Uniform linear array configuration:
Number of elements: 48
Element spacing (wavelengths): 0.25
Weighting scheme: exponential
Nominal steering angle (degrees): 15
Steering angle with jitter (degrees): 14.106
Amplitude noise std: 0.05
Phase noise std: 0.05

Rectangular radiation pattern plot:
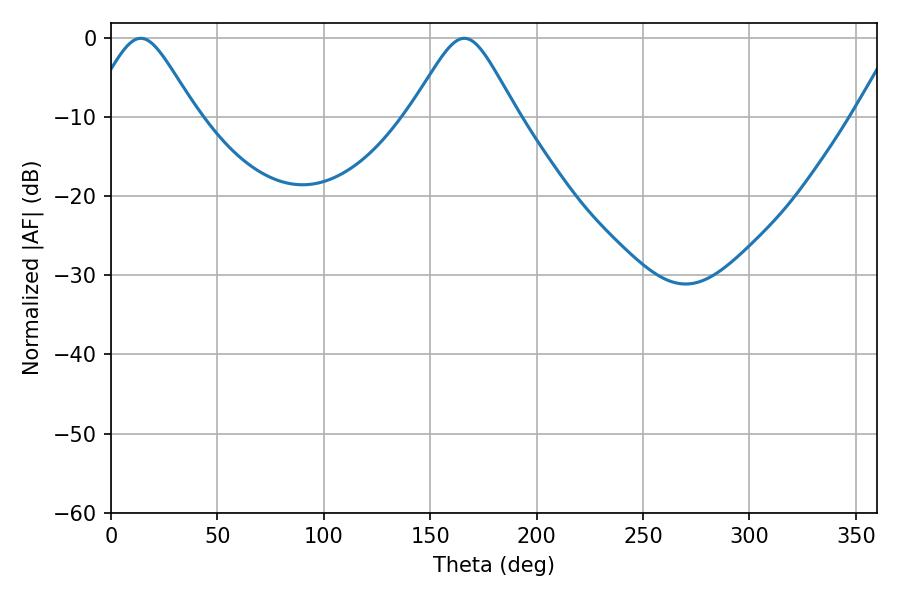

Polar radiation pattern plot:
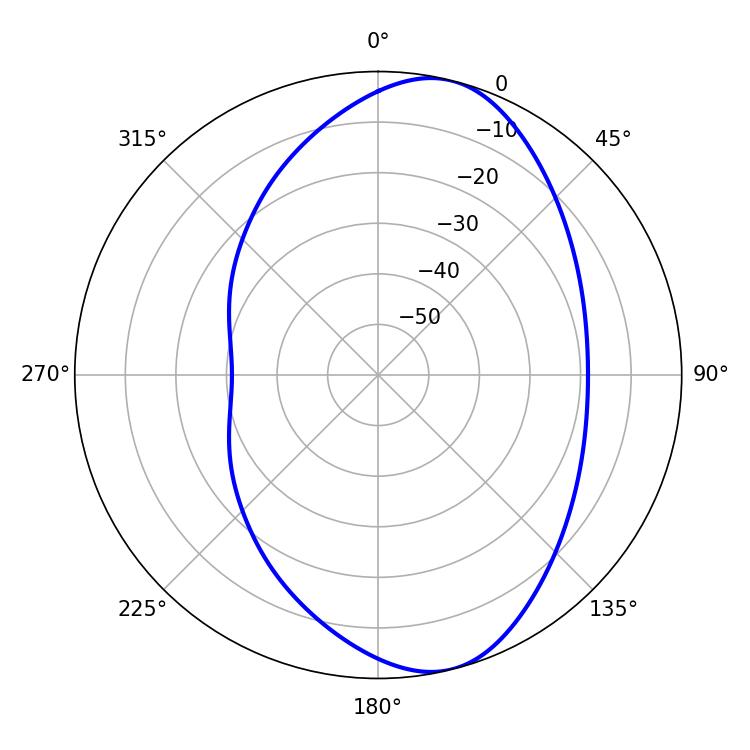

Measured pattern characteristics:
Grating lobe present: FALSE
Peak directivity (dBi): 8.785
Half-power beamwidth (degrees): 24.12
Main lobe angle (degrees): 14.04